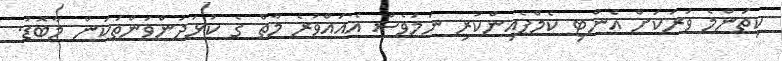
ކިތަންމެ ވަރަކަށް އެންޓި ކެމްޕެއިންކުރި ނަމަވެސް އެއައްވުރެ މާތް ގެ ކުޅަދުންވަންތަކަން މާބޮޑު.